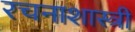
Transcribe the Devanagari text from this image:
रचनाशास्त्री